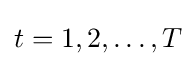
{\textstyle t=1,2,\dots ,T}